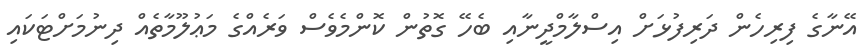
އޭނާގެ ފިރިހެން ދަރިފުޅަށް އިސްލާމްދީނާއި ބެހޭ ގޮތުން ކޮންމެވެސް ވަރެއްގެ މަޢުލޫމާތެއް ދިނުމަށްޓަކައި